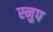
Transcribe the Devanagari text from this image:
स्नुप